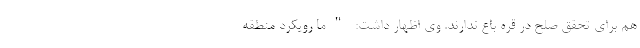
هم برای تحقق صلح در قره باع ندارند. وی اظهار داشت: "ما رویکرد منطقه